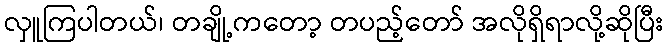
လှူကြပါတယ်၊ တချို့ကတော့ တပည့်တော် အလိုရှိရာလို့ဆိုပြီး